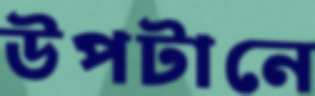
উপটানে